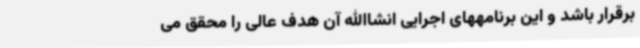
برقرار باشد و این برنامههای اجرایی انشاالله آن هدف عالی را محقق می